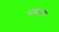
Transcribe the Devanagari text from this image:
स्वंशवत्या